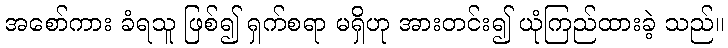
အစော်ကား ခံရသူ ဖြစ်၍ ရှက်စရာ မရှိဟု အားတင်း၍ ယုံကြည်ထားခဲ့ သည်။